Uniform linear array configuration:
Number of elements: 48
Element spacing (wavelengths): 0.25
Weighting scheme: uniform
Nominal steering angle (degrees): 60
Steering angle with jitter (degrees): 60.318
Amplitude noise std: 0.05
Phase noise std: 0.05

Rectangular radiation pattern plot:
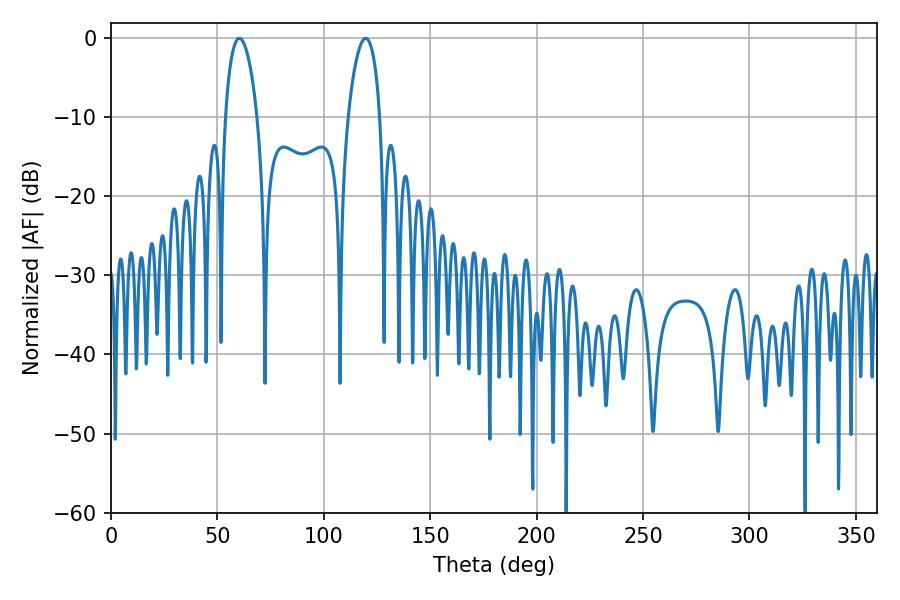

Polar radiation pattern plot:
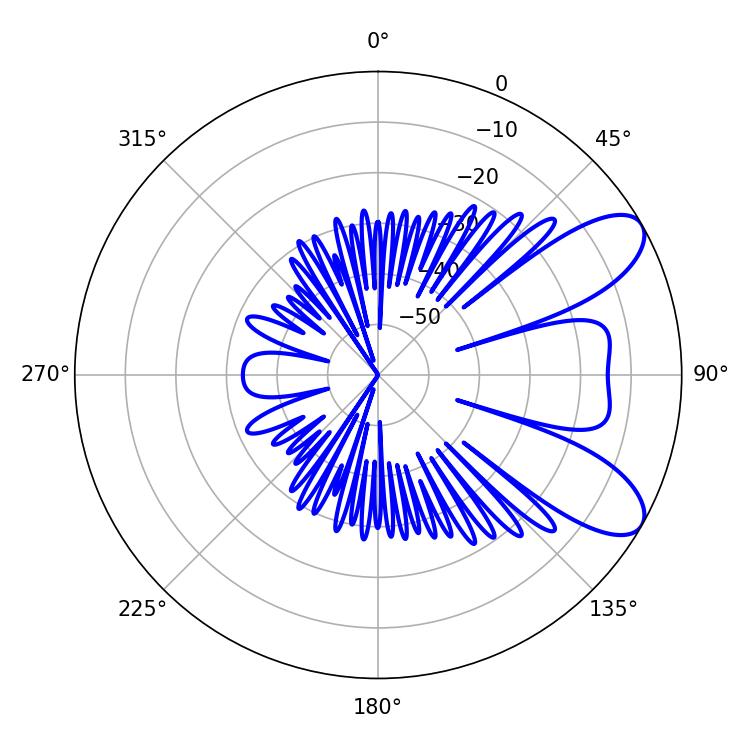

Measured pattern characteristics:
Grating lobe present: FALSE
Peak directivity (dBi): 8.296
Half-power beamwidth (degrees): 8.46
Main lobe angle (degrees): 60.3